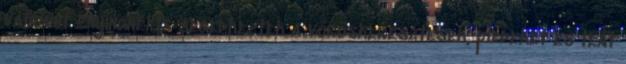
valamint Enyingnél is segédkeztek a vöröskeresztesek, plédeket és teát